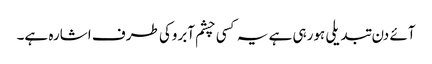
آئے دن تبدیلی ہورہی ہے یہ کسی چشم آبروکی طرف اشارہ ہے۔